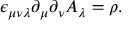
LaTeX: \epsilon _ { \mu \nu \lambda } \partial _ { \mu } \partial _ { \nu } A _ { \lambda } = \rho .